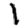
Digit: 1